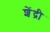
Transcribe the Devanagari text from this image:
शेंद्री